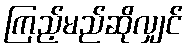
ကြည့်မည်ဆိုလျှင်